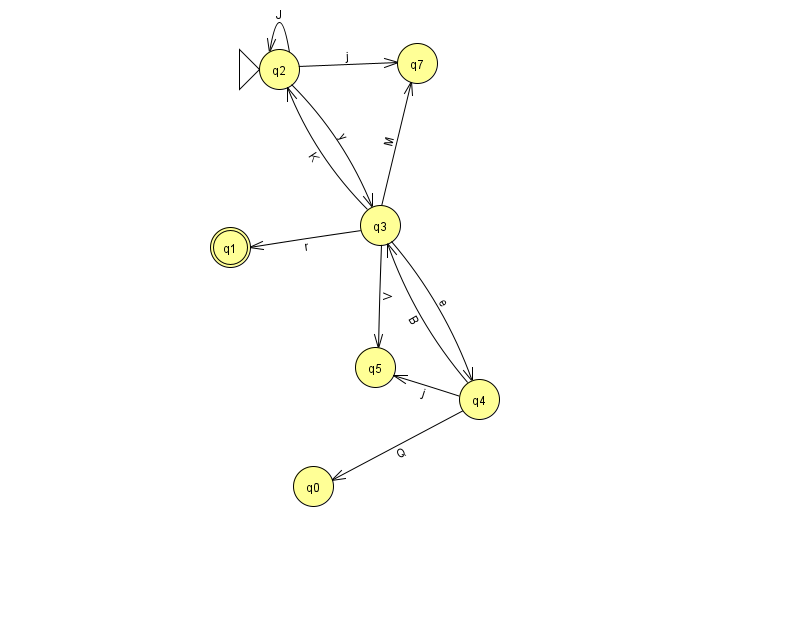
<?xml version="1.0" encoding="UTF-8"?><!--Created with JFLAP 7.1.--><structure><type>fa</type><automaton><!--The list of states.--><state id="0" name="q0"><x>313.0</x><y>473.0</y></state><state id="1" name="q1"><x>230.0</x><y>234.0</y><final/></state><state id="2" name="q2"><x>279.0</x><y>56.0</y><initial/></state><state id="3" name="q3"><x>380.0</x><y>212.0</y></state><state id="4" name="q4"><x>479.0</x><y>386.0</y></state><state id="5" name="q5"><x>375.0</x><y>354.0</y></state><state id="7" name="q7"><x>417.0</x><y>50.0</y></state><!--The list of transitions.--><transition><from>2</from><to>3</to><read>y</read></transition><transition><from>3</from><to>2</to><read>K</read></transition><transition><from>3</from><to>1</to><read>r</read></transition><transition><from>4</from><to>0</to><read>Q</read></transition><transition><from>2</from><to>7</to><read>j</read></transition><transition><from>3</from><to>7</to><read>M</read></transition><transition><from>2</from><to>2</to><read>J</read></transition><transition><from>3</from><to>4</to><read>e</read></transition><transition><from>3</from><to>5</to><read>V</read></transition><transition><from>4</from><to>3</to><read>B</read></transition><transition><from>4</from><to>5</to><read>j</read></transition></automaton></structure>